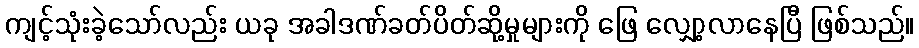
ကျင့်သုံးခဲ့သော်လည်း ယခု အခါဒဏ်ခတ်ပိတ်ဆို့မှုများကို ဖြေ လျှော့လာနေပြီ ဖြစ်သည်။